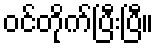
ဝင်တိုက်ပြီးပြီ။